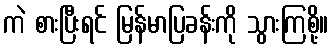
ကဲ စားပြီးရင် မြန်မာပြခန်းကို သွားကြစို့။